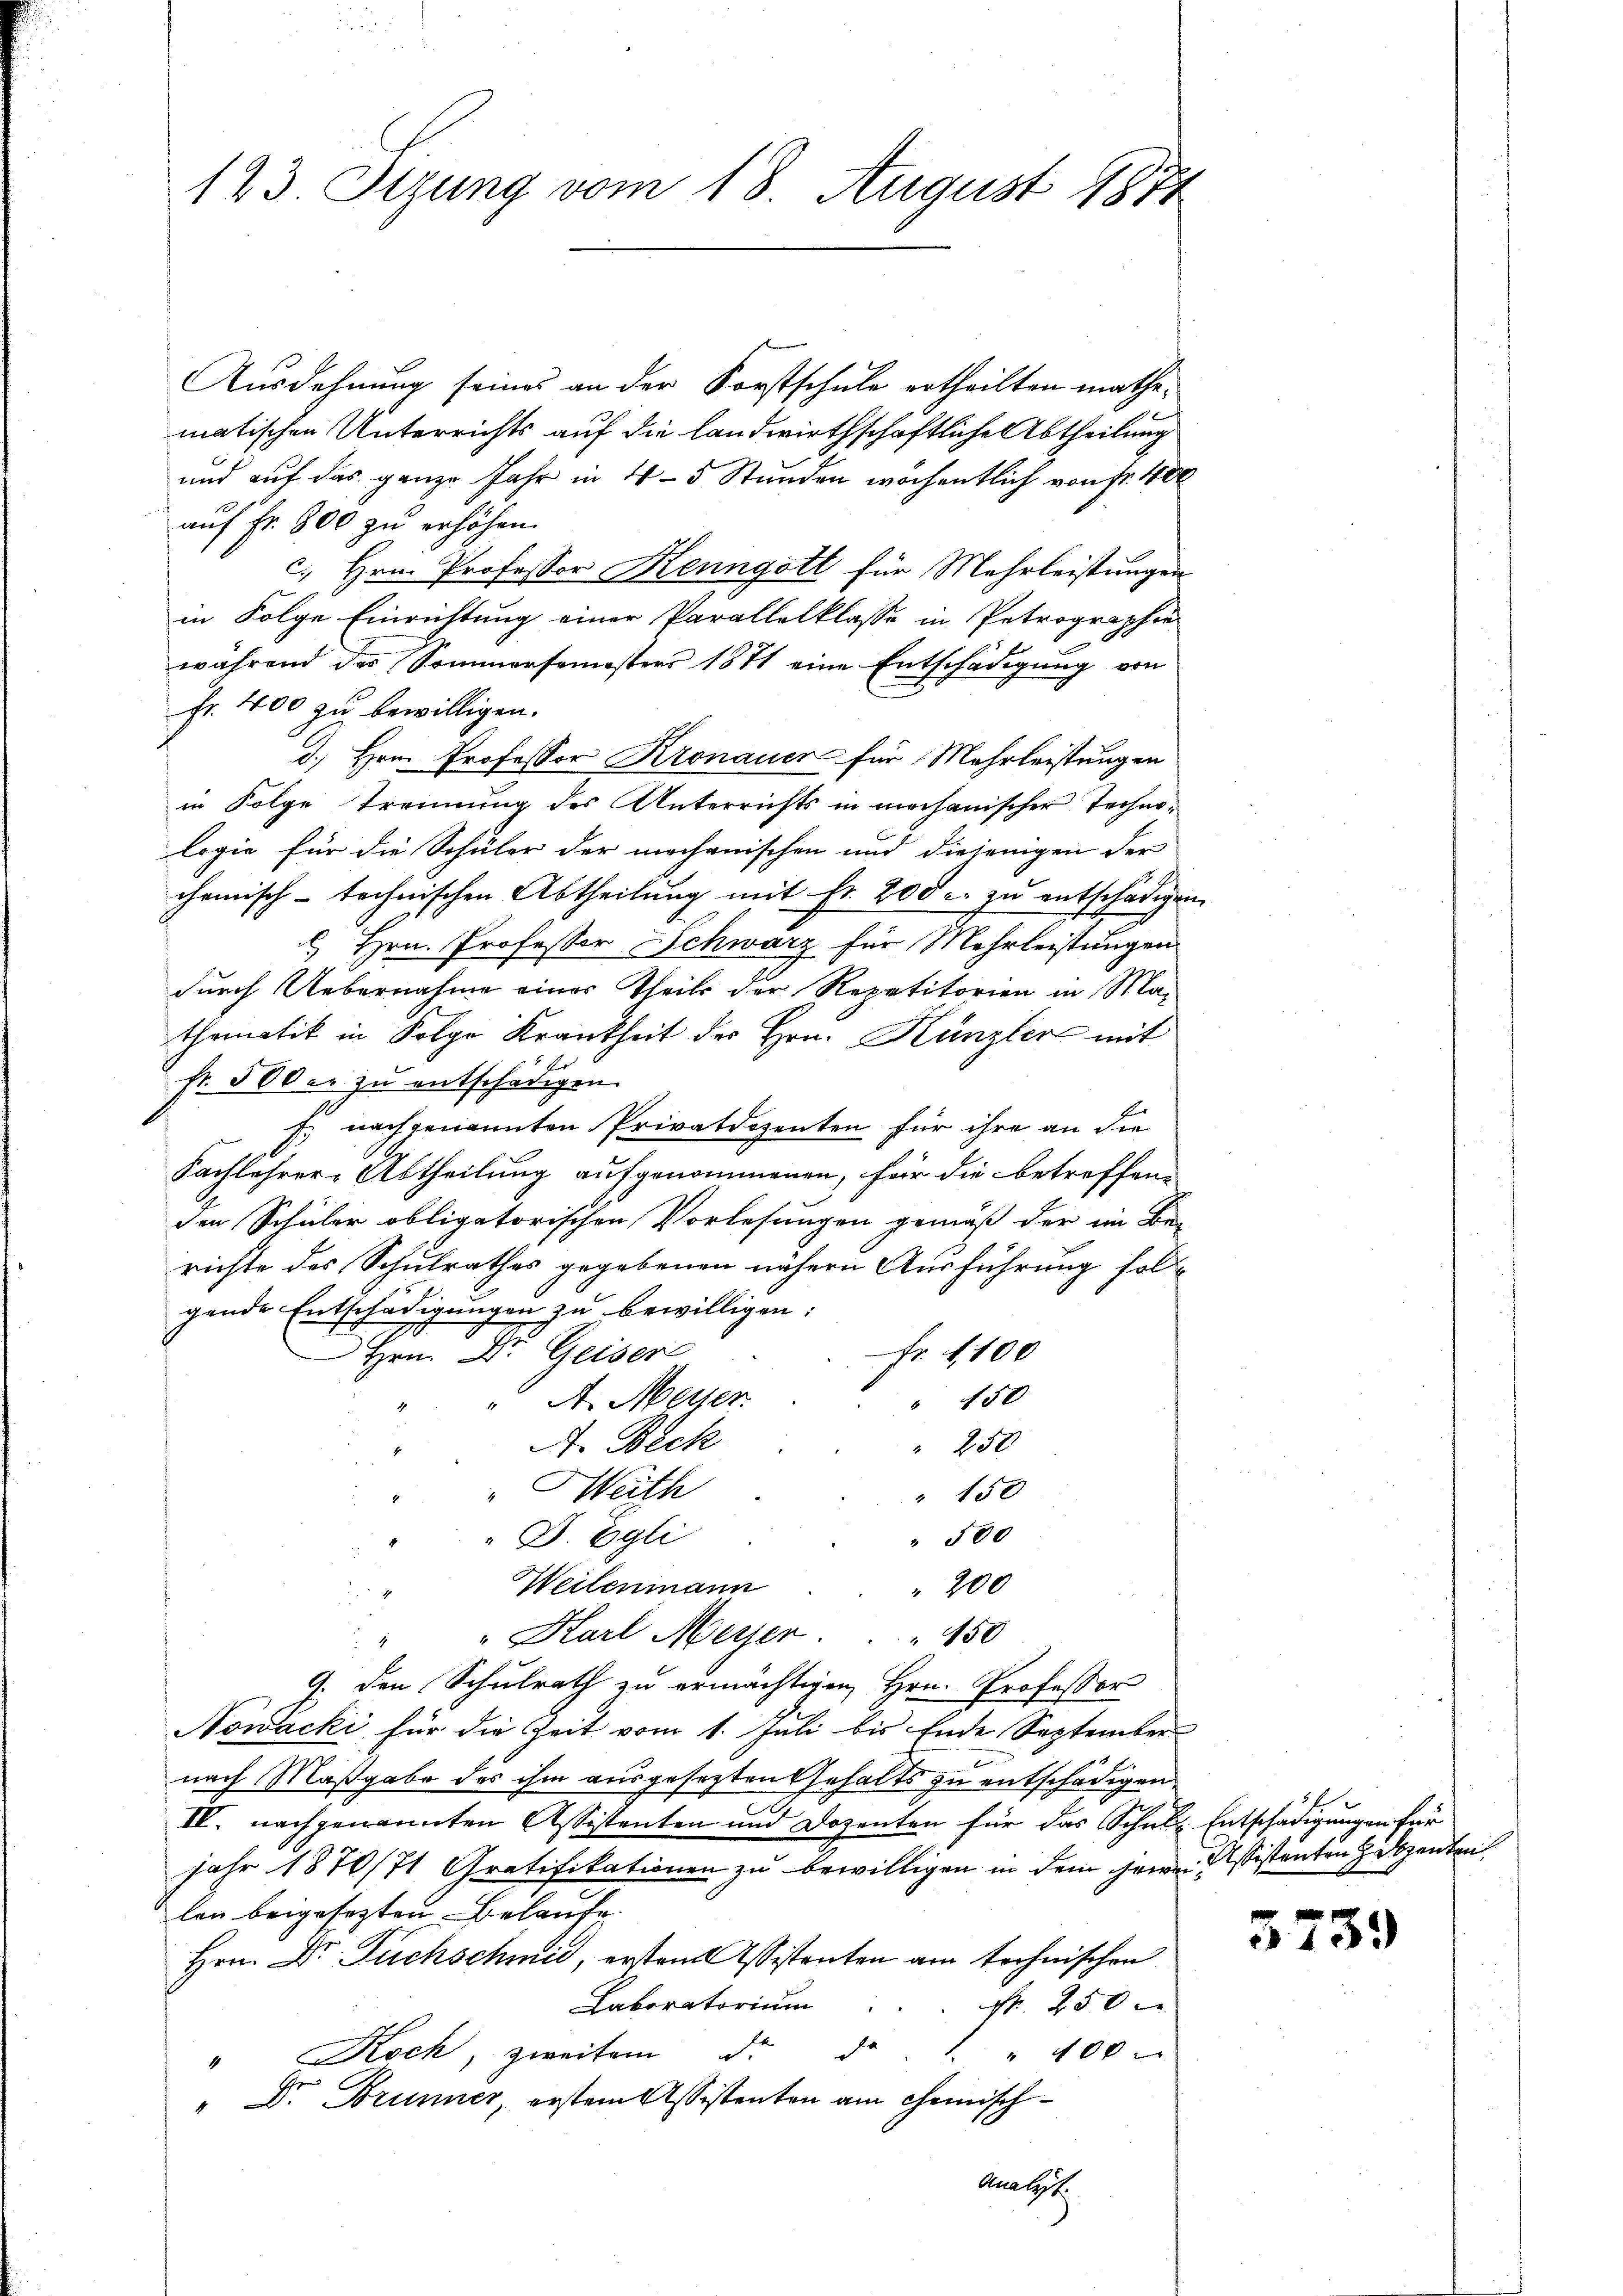
123. Sizung vom 18. August 1871

Ausdehnung seines an der Forstschule ertheilten mathe,
matischen Unterrichts auf die landwirthschaftliche Abtheilung
und auf das ganze Jahr in 4 - 5 Stunden wöchentlich von Fr. 100
auf Fr. 800 zu erhöhen.
c. Hrn. Professor Kenngott für Mehrleistungen
in Folge Einrichtung einer Parallelklasse in Petrographie
während des Sommersemesters 1871 eine Entschädigung von
Fr. 400 zu bewilligen.
d. Hrn. Professor Kronauer für Mehrleistungen
in Folge Trennung des Unterrichts in mechanischer Technelogie für die Schüler der mechanischen und diejenigen der
chemisch-technischen Abtheilung mit Fr. 200 r. zu entschädigen.
 Hrn. Professor Schwarz für Mehrleistungen
durch Uebernahme einer Theils der Repetitorien in Ma-
thematik in Folge Krankheit des Hrn. Kanzler mit
fr. 500 er zŭ entschädigen.
f nach genannten Privatdozenten für ihre an die
Fachlehrer-Abtheilung aufgenommenen, für die betreffend
den Schüler obligatorischen Vorlesungen gemäß der ein Be-
richte des Schulrathes gegebenen nähern Ausführung folgende Entschädigungen zu bewilligen:
Fr. 1100
Hrn. Dr. Geiser
" 150
A. Meiser
A. Beck
" 250
"Weith
" 150
" D. Egli
" 500
Weilenmann
200
i
" " Karl Meyer
150
9. den Schulrath zu ermächtigen Hrn. Professor
Nowacki für die Zeit vom 1. Juli bis Ende September
nach Maßgabe des ihm ausgesezten Gehalts zu entschädigen
IV. nachgenannten Assistenten und Dozenten für das Schull. Entschädigungen für
jahr 1870/71 Gratifikationen zu bewilligen in dem jene Assistenten Jeszenten,
len beigesezten Belaufe
Hrn. Dr Fuchschmii, ersten Assistenten am technischen
Laboratorium
Nr. 250
" 40 xx
" Koch, zweiten d. d.
" Dr. Brunner, erstem Assistenten am Chemisch
analist.

3f

5739